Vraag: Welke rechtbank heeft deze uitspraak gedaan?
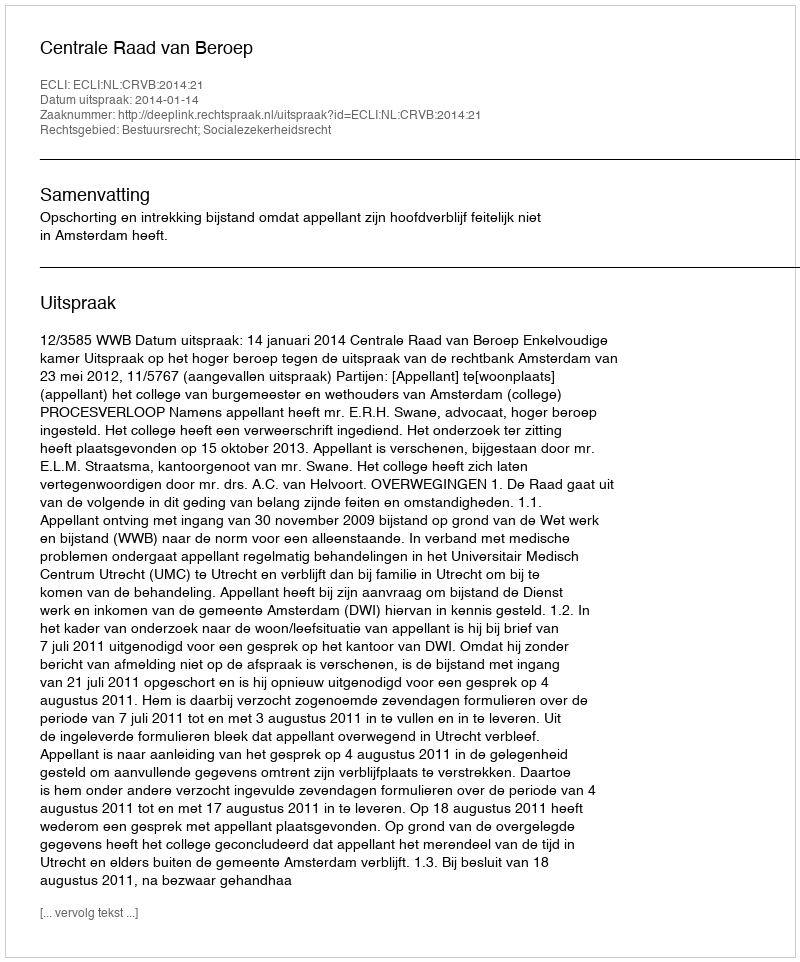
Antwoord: Centrale Raad van Beroep